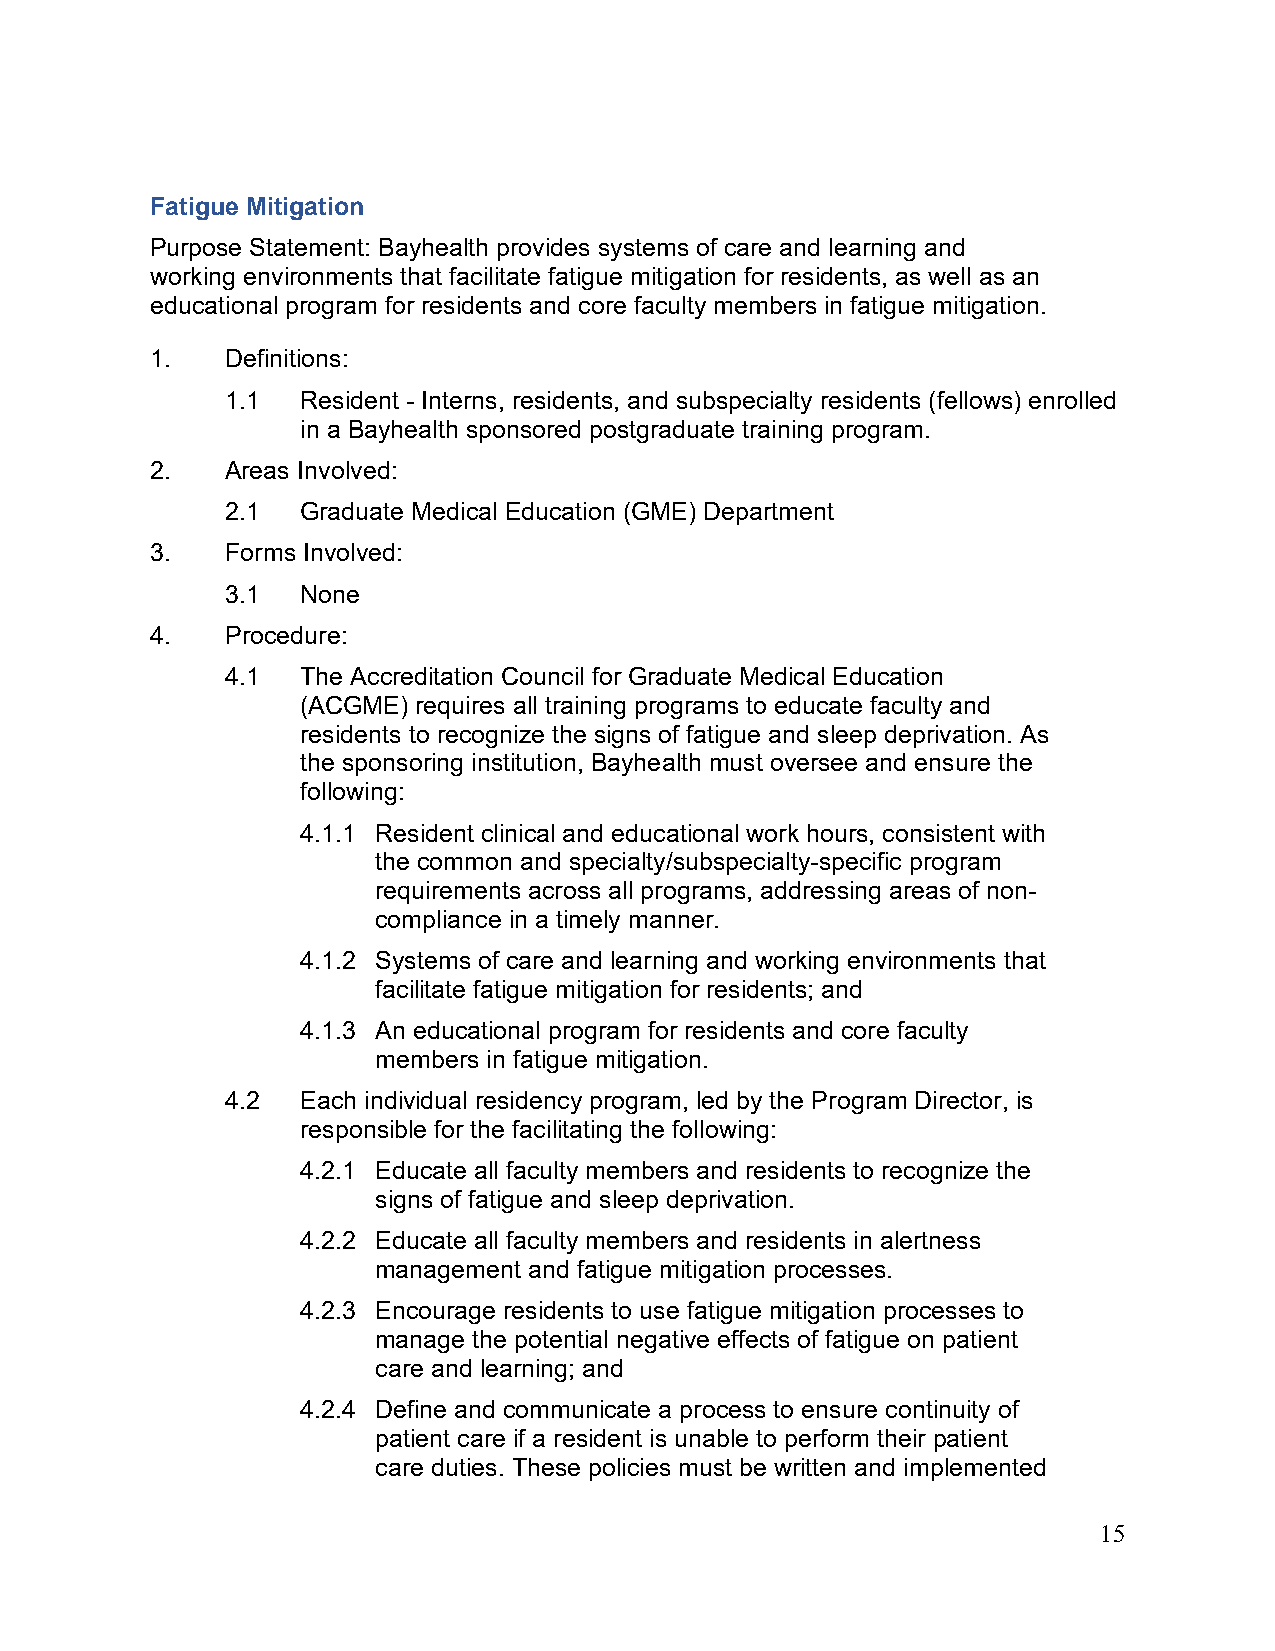
Fatigue Mitigation
 Purpose Statement: Bayhealth provides systems of care and learning and
 working environments that facilitate fatigue mitigation for residents, as well as an
 educational program for residents and core faculty members in fatigue mitigation.
 1.   Definitions:
 1.1  Resident - Interns, residents, and subspecialty residents (fellows) enrolled
 in a Bayhealth sponsored postgraduate training program.
 2.   Areas Involved:
 2.1  Graduate Medical Education (GME) Department
 3.   Forms Involved:
 3.1  None
 4.   Procedure:
 4.1  The Accreditation Council for Graduate Medical Education
 (ACGME) requires all training programs to educate faculty and
 residents to recognize the signs of fatigue and sleep deprivation. As
 the sponsoring institution, Bayhealth must oversee and ensure the
 following:
 4.1.1 Resident clinical and educational work hours, consistent with
 the common and specialty/subspecialty-specific program
 requirements across all programs, addressing areas of non-
 compliance in a timely manner.
 4.1.2 Systems of care and learning and working environments that
 facilitate fatigue mitigation for residents; and
 4.1.3 An educational program for residents and core faculty
 members in fatigue mitigation.
 4.2  Each individual residency program, led by the Program Director, is
 responsible for the facilitating the following:
 4.2.1 Educate all faculty members and residents to recognize the
 signs of fatigue and sleep deprivation.
 4.2.2 Educate all faculty members and residents in alertness
 management and fatigue mitigation processes.
 4.2.3 Encourage residents to use fatigue mitigation processes to
 manage the potential negative effects of fatigue on patient
 care and learning; and
 4.2.4 Define and communicate a process to ensure continuity of
 patient care if a resident is unable to perform their patient
 care duties. These policies must be written and implemented
 15